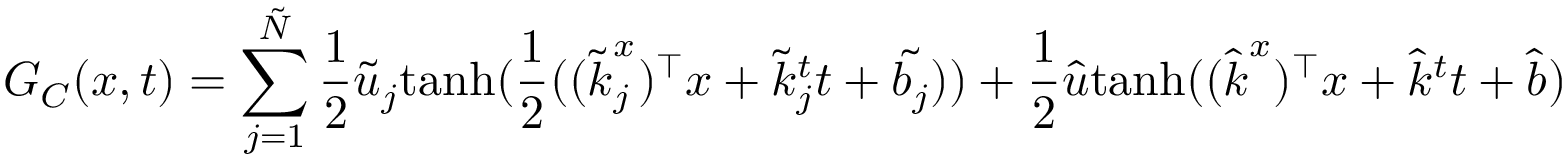
G _ { C } ( \boldsymbol { x } , t ) = \sum _ { j = 1 } ^ { \tilde { N } } \frac { 1 } { 2 } \tilde { u } _ { j } \mathrm { t a n h } ( \frac { 1 } { 2 } ( ( \boldsymbol { \tilde { k } } _ { j } ^ { x } ) ^ { \top } \boldsymbol { x } + \tilde { k } _ { j } ^ { t } t + \tilde { b _ { j } } ) ) + \frac { 1 } { 2 } \hat { u } \mathrm { t a n h } ( ( \boldsymbol { \hat { k } } ^ { x } ) ^ { \top } \boldsymbol { x } + \hat { k } ^ { t } t + \hat { b } )